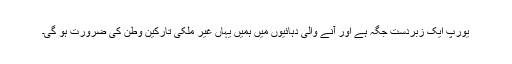
یورپ ایک زبردست جگہ ہے اور آنے والی دہائیوں میں ہمیں یہاں غیر ملکی تارکین وطن کی ضرورت ہو گی۔